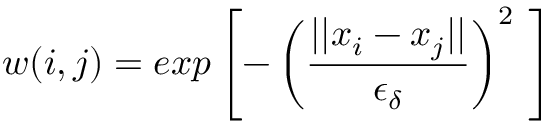
w ( i , j ) = e x p \left[ - \left( \frac { | | x _ { i } - x _ { j } | | } { \epsilon _ { \delta } } \right) ^ { 2 } \ \right]